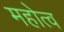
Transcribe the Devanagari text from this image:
महोत्व